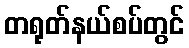
တရုတ်နယ်စပ်တွင်